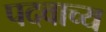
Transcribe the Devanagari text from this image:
पदवाच्य